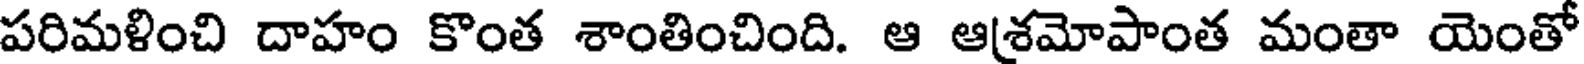
పరిమళించి దాహం కొంత శాంతించింది. ఆ ఆశమోపాంత మంతా యెంతో